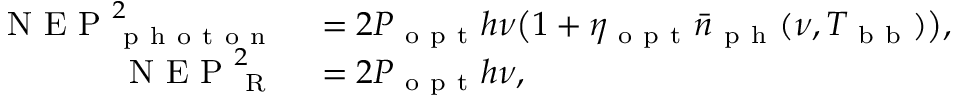
\begin{array} { r l } { \mathrm { ~ N ~ E ~ P ~ } _ { \mathrm { ~ p ~ h ~ o ~ t ~ o ~ n ~ } } ^ { 2 } } & { { } = 2 P _ { \mathrm { ~ o ~ p ~ t ~ } } h \nu \big ( 1 + \eta _ { \mathrm { ~ o ~ p ~ t ~ } } \bar { n } _ { \mathrm { ~ p ~ h ~ } } ( \nu , T _ { \mathrm { ~ b ~ b ~ } } ) \big ) , } \\ { \mathrm { ~ N ~ E ~ P ~ } _ { \mathrm { ~ R ~ } } ^ { 2 } } & { { } = 2 P _ { \mathrm { ~ o ~ p ~ t ~ } } h \nu , } \end{array}